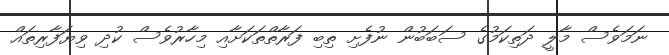
ނަމަވެސް މާލީ ދަތިކަމުގެ ސަބަބުން ނުފެށި ތިބި ފަރާތްތަކަށާއި މިހާރުވެސް ކުދި ވިޔަފާރިތައް